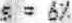
S = 6%